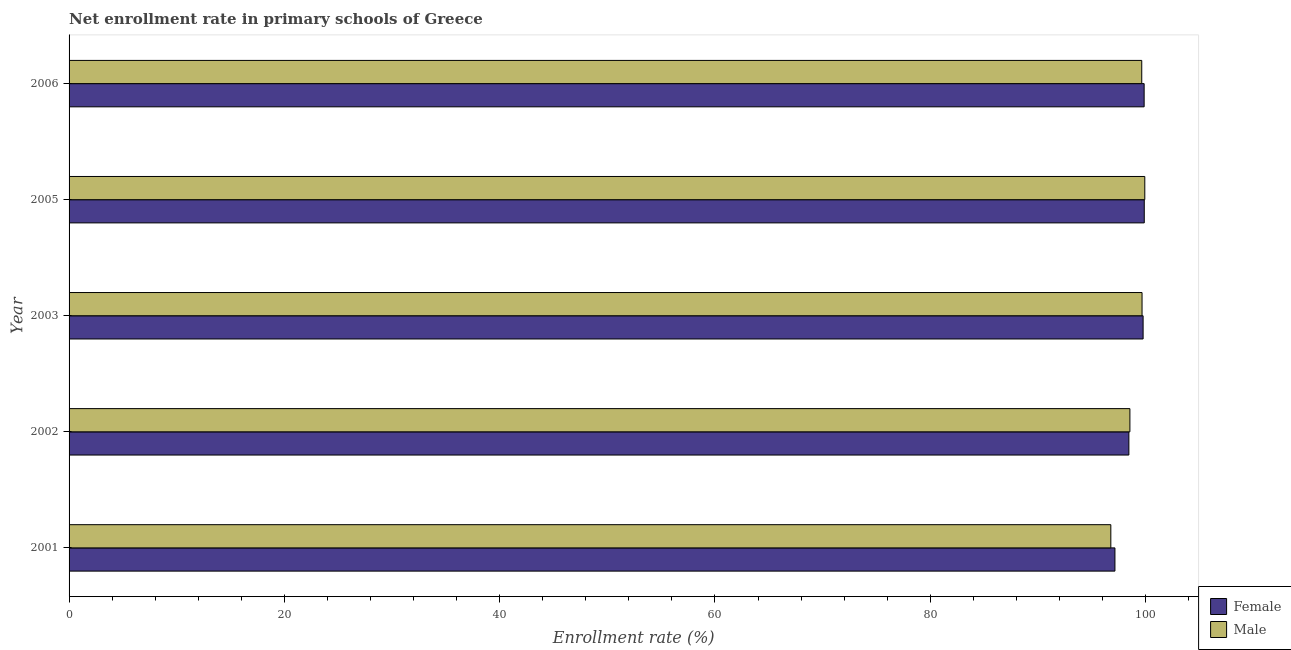
| Year | Female | Male |
 | --- | --- | --- |
 | 2001 | 97.2 | 96.8 |
 | 2002 | 98.4 | 98.5 |
 | 2003 | 99.8 | 99.7 |
 | 2005 | 99.9 | 99.9 |
 | 2006 | 99.9 | 99.6 |